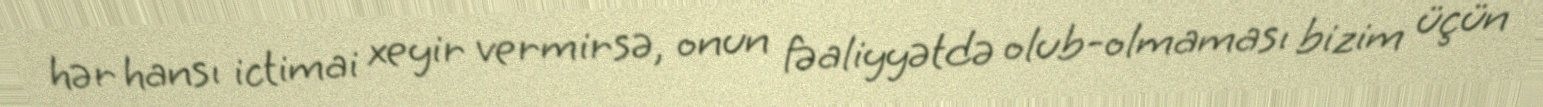
hər hansı ictimai xeyir vermirsə, onun fəaliyyətdə olub-olmaması bizim üçün